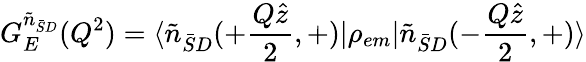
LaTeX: G_{E}^{\tilde{n}_{\bar{S}D}}(Q^{2})=\langle\tilde{n}_{\bar{S}D}(+{\frac{Q\hat{z}}{2}},+)\vert\rho_{em}\vert\tilde{n}_{\bar{S}D}(-{\frac{Q\hat{z}}{2}},+)\rangle